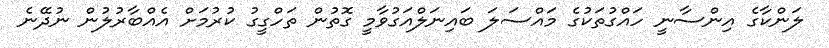
ލަންކާގެ އިންސާނީ ހައްގުތަކުގެ މައްސަލަ ބައިނަލްއަގުވާމީ ގޮތުން ތަހްގީގު ކުރުމަށް އެއްބާރުލުން ނުދޭނެ